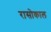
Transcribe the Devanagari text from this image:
रासोकाल